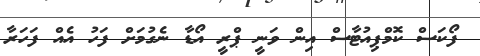
ފޯކަސް ކޮމްޕިއުޓާސް އިން ވަނީ ޕްރީ އޯޑާ ނެގުމަށް ފަހު އެއް ފަހަރާ